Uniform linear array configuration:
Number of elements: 8
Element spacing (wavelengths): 0.75
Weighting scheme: exponential
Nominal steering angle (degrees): -45
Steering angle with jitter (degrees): -44.467
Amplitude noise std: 0.05
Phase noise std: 0.05

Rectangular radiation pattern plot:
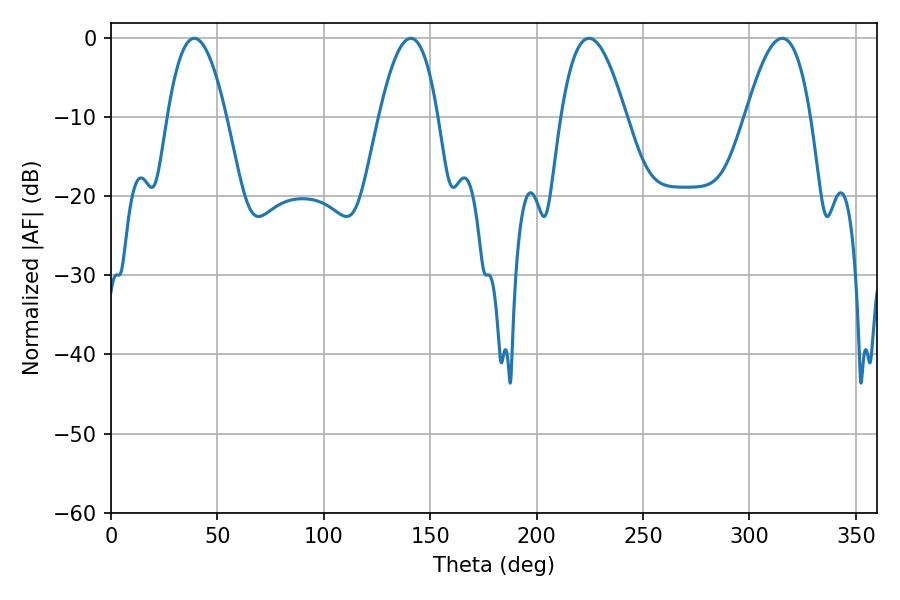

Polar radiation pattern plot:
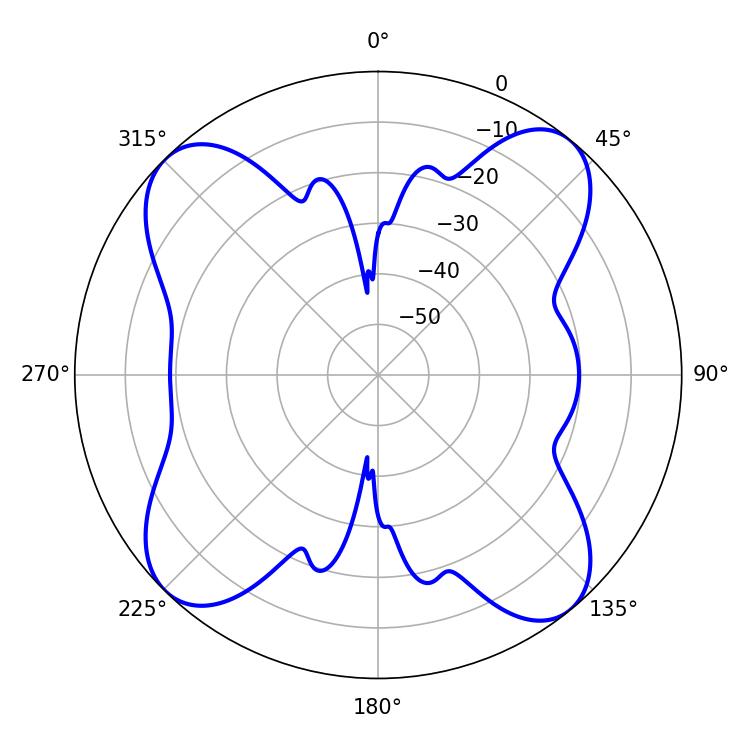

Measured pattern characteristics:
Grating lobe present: TRUE
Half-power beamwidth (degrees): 16.74
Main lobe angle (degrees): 224.64